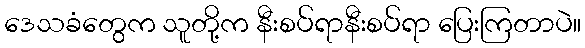
ဒေသခံတွေက သူတို့က နီးစပ်ရာနီးစပ်ရာ ပြေးကြတာပဲ။